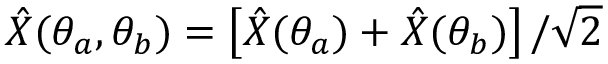
\hat { X } ( \theta _ { a } , \theta _ { b } ) = \left[ \hat { X } ( \theta _ { a } ) + \hat { X } ( \theta _ { b } ) \right] / \sqrt { 2 }